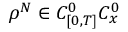
\rho ^ { N } \in C _ { [ 0 , T ] } ^ { 0 } C _ { x } ^ { 0 }